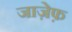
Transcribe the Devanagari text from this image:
जाज़ेफ़